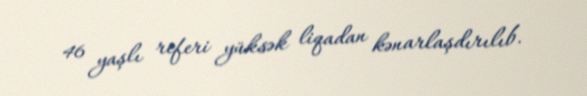
46 yaşlı referi yüksək liqadan kənarlaşdırılıb.